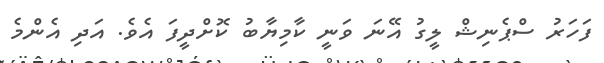
ފަހަރު ސްޕެނިޝް ލީގު އޭނަ ވަނީ ކާމިޔާބު ކޮށްދީފަ އެވެ. އަދި އެންމެ